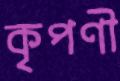
কৃপণী